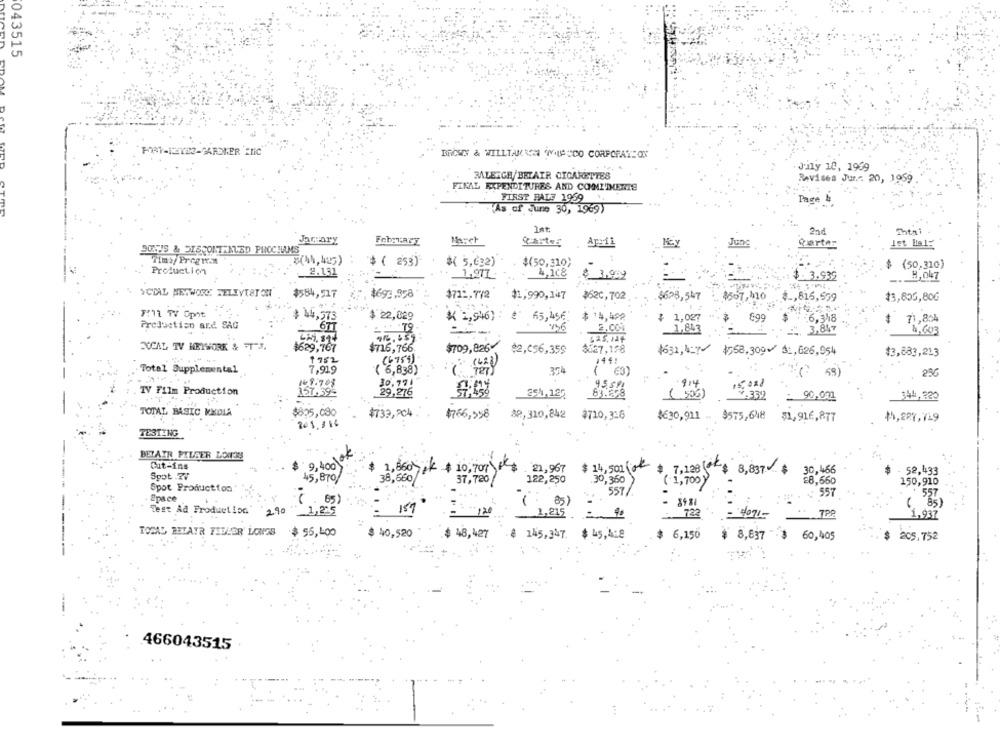
043515
IROSES & WILLTANKEN WILCOO CORPORATION
Jily 10, 1939
MALETGE/BETAIR CIGARETTES
Revises Jur.c. 20, 1959
FINAL EXPENDITURES AND COMMITMENTS
FIRST FALT 1969
Page b
(As of June 30, 1969)
2nd
Shtai
Jareary
Masch
Ap:11
June
garter
Ist le1:
DONT'S & DISCONTINUED PHOCHAMS
Tim+/ Pregw.M
5(41, 425)
# ( 253)
$( 5,632)
$(50,310)
Production
$ (50,310)
2.131
1,977
4,108
$ 3.909
$ 3.939
8, 047
SCIAL NETWORK TELEVISION
$584,517
$693.958
$712.772
$1,990,147
$620, 702
$628,547
$567,110
4 ., 815,559
13,805,80G
TIL TV Opit
$ 22,029
65,456
$ 14,492
$ 14,573
* 1,946;
$ 1,027
16,348
$
71,8:4
Production and SAG
6TT
136
1,843
3,847
4,003
716.459
DUCAL TV NETWORK & T"J.
$629,767
$716,766
$709,826
$2,€56,359
$827,198
4632, 407/
$758,309~ $1,626,954
$3,883,213
1752
(6759)
144 :
Total Supplemental
7,919
( 6,838)
374
30.771
914
15,02)
TV Film Production
157,39-
29,276
254.122
( 505)
9.339
_ 90,001
344,222
TOTAL BASIC KEDLA
$825,080
$733,204
$766,598
88,310,842
$710,326
4630,911 .. $575,648
$1,916,877
+1,227,719
2@1,114
TESTING
BETAIR FILEER BOUTON
9,40jok
Cut-ins
1,860} $ 10, 707)4
21,967
$ 14,502
$ 7,128 (
8,837 ¢
30,466
52,433
Spot 27
45, 870
38,660
37, 780
122,250
* 30,360
(1,700)
28,660
150,910
Spot Production
557/
: 557
557
Space
Test Ad Production
290
159
( 85)
1,225
2,215 = 99
722
- 4071-
* TPR
1.937
40,520
$ 48,427
TOSAL TETAYR FIDLER LONGS $ 56,400
# 145,347. $ 45,4:8
6,150
$ 8,637 $ 60,405
205.752
466043515